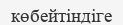
көбейтіндіге